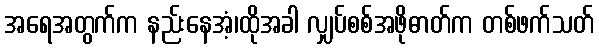
အရေအတွက်က နည်းနေအံ့၊ထိုအခါ လျှပ်စစ်အဖိုဓာတ်က တစ်ဖက်သတ်